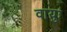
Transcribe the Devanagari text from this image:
वायुः